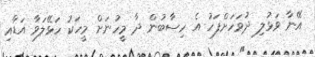
އޭނާ ވަޅުލި ދުވަހަށްފަހު އެ ހިސާބުން ދާ މީހުނަށް މީހަކު ހަޅޭލަވާ އަޑާއި